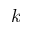
k